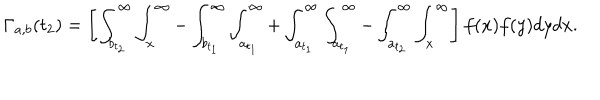
\Gamma _ { a , b } ( t _ { 2 } ) = \left[ \int _ { b _ { t _ { 2 } } } ^ { \infty } \int _ { x } ^ { \infty } - \int _ { b _ { t _ { 1 } } } ^ { \infty } \int _ { a _ { t _ { 1 } } } ^ { \infty } + \int _ { a _ { t _ { 1 } } } ^ { \infty } \int _ { a _ { t _ { 1 } } } ^ { \infty } - \int _ { a _ { t _ { 2 } } } ^ { \infty } \int _ { x } ^ { \infty } \right] f ( x ) f ( y ) d y d x .